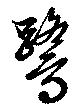
鷺